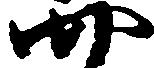
四